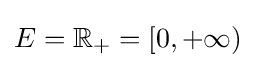
E=\mathbb {R} _{+}=[0,+\infty )